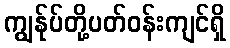
ကျွန်ုပ်တို့ပတ်ဝန်းကျင်ရှိ